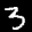
Label: 3